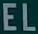
EL